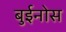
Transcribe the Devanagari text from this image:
बुईनोस